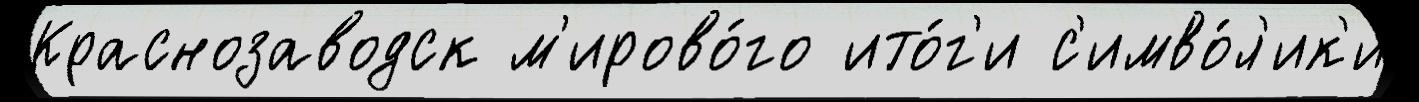
Краснозаводск м'ирово́го ито́г'и с'имво́л'ик'и